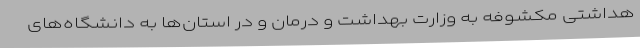
هداشتی مکشوفه به وزارت بهداشت و درمان و در استان‌ها به دانشگاه‌های